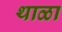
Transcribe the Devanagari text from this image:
थाळा